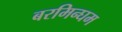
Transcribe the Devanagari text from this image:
बरमिन्घम